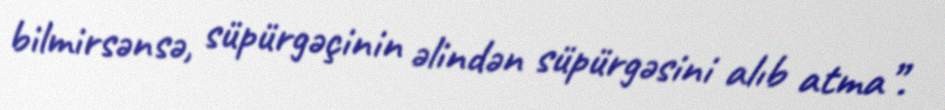
bilmirsənsə, süpürgəçinin əlindən süpürgəsini alıb atma”.